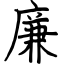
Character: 廉